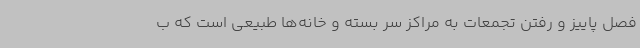
فصل پاییز و رفتن تجمعات به مراکز سر بسته و خانه‌ها طبیعی است که ب